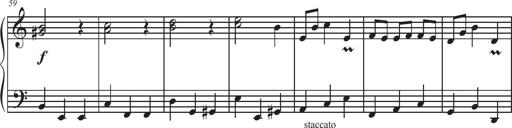
Title: Sonatina Espania
Composer: Jerald Franklin Archer
Key: Various